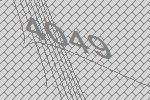
4049